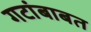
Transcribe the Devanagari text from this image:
गटांबाबत